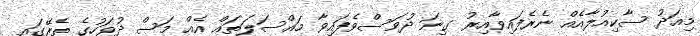
މިއަދު ސާކިއުލާއެއް ނެރެފައިވާއިރު ގިނަ ދުވަސްވެފައިވާ މައްސަލަތައް އެއް މަސް ދުވަހުގެ ތެރޭގައި